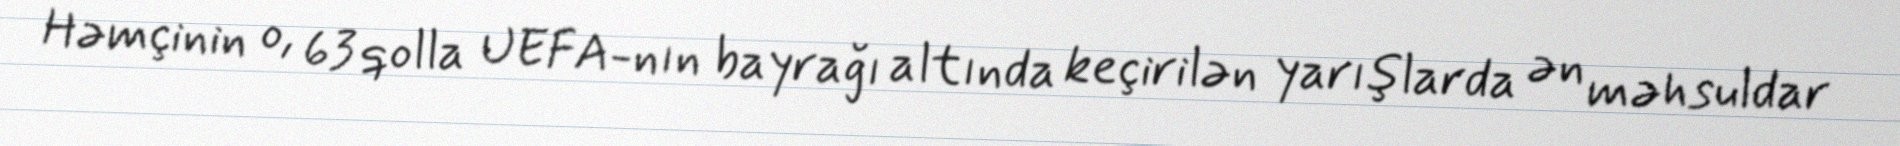
Həmçinin o, 63 qolla UEFA-nın bayrağı altında keçirilən yarışlarda ən məhsuldar